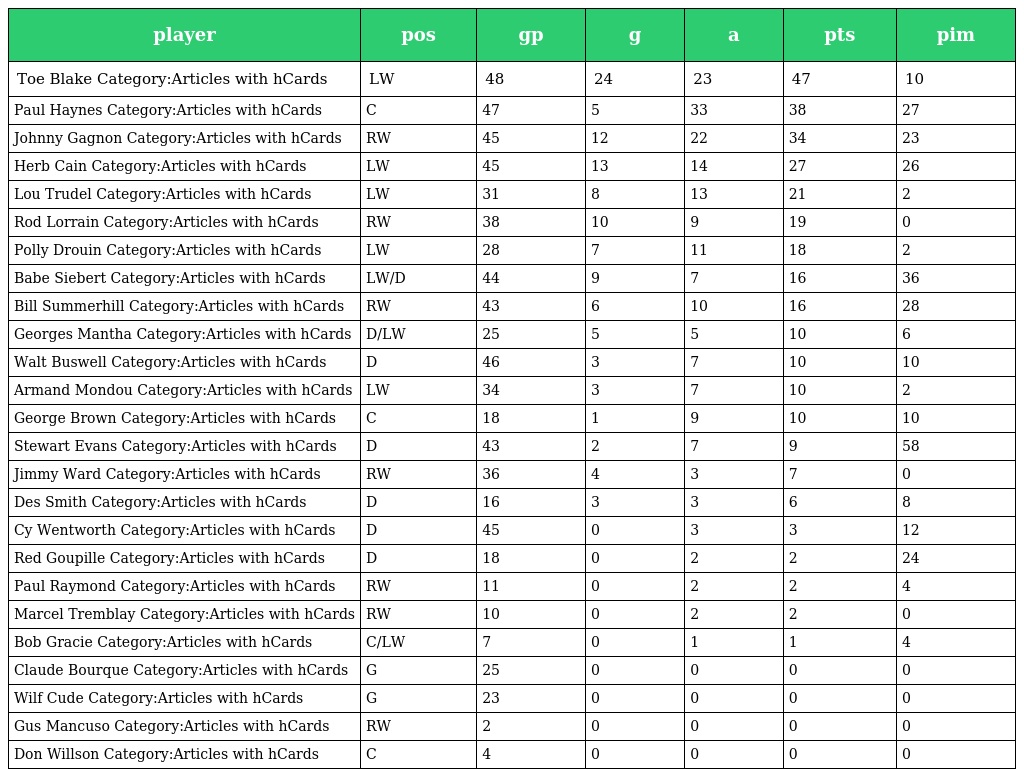
| player | pos | gp | g | a | pts | pim |
 | --- | --- | --- | --- | --- | --- | --- |
 | Toe Blake Category:Articles with hCards | LW | 48 | 24 | 23 | 47 | 10 |
 | Paul Haynes Category:Articles with hCards | C | 47 | 5 | 33 | 38 | 27 |
 | Johnny Gagnon Category:Articles with hCards | RW | 45 | 12 | 22 | 34 | 23 |
 | Herb Cain Category:Articles with hCards | LW | 45 | 13 | 14 | 27 | 26 |
 | Lou Trudel Category:Articles with hCards | LW | 31 | 8 | 13 | 21 | 2 |
 | Rod Lorrain Category:Articles with hCards | RW | 38 | 10 | 9 | 19 | 0 |
 | Polly Drouin Category:Articles with hCards | LW | 28 | 7 | 11 | 18 | 2 |
 | Babe Siebert Category:Articles with hCards | LW/D | 44 | 9 | 7 | 16 | 36 |
 | Bill Summerhill Category:Articles with hCards | RW | 43 | 6 | 10 | 16 | 28 |
 | Georges Mantha Category:Articles with hCards | D/LW | 25 | 5 | 5 | 10 | 6 |
 | Walt Buswell Category:Articles with hCards | D | 46 | 3 | 7 | 10 | 10 |
 | Armand Mondou Category:Articles with hCards | LW | 34 | 3 | 7 | 10 | 2 |
 | George Brown Category:Articles with hCards | C | 18 | 1 | 9 | 10 | 10 |
 | Stewart Evans Category:Articles with hCards | D | 43 | 2 | 7 | 9 | 58 |
 | Jimmy Ward Category:Articles with hCards | RW | 36 | 4 | 3 | 7 | 0 |
 | Des Smith Category:Articles with hCards | D | 16 | 3 | 3 | 6 | 8 |
 | Cy Wentworth Category:Articles with hCards | D | 45 | 0 | 3 | 3 | 12 |
 | Red Goupille Category:Articles with hCards | D | 18 | 0 | 2 | 2 | 24 |
 | Paul Raymond Category:Articles with hCards | RW | 11 | 0 | 2 | 2 | 4 |
 | Marcel Tremblay Category:Articles with hCards | RW | 10 | 0 | 2 | 2 | 0 |
 | Bob Gracie Category:Articles with hCards | C/LW | 7 | 0 | 1 | 1 | 4 |
 | Claude Bourque Category:Articles with hCards | G | 25 | 0 | 0 | 0 | 0 |
 | Wilf Cude Category:Articles with hCards | G | 23 | 0 | 0 | 0 | 0 |
 | Gus Mancuso Category:Articles with hCards | RW | 2 | 0 | 0 | 0 | 0 |
 | Don Willson Category:Articles with hCards | C | 4 | 0 | 0 | 0 | 0 |